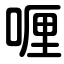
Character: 喱